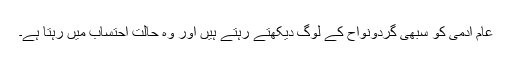
عام آدمی کو سبھی گردونواح کے لوگ دیکھتے رہتے ہیں اور وہ حالتِ احتساب میں رہتا ہے۔